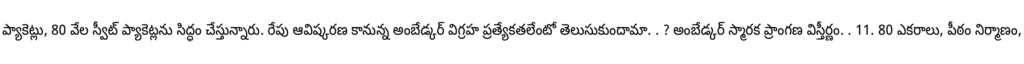
ప్యాకెట్లు, 80 వేల స్వీట్ ప్యాకెట్లను సిద్ధం చేస్తున్నారు. రేపు ఆవిష్కరణ కానున్న అంబేడ్కర్ విగ్రహ ప్రత్యేకతలేంటో తెలుసుకుందామా. . ? అంబేడ్కర్ స్మారక ప్రాంగణ విస్తీర్ణం. . 11. 80 ఎకరాలు, పీఠం నిర్మాణం,